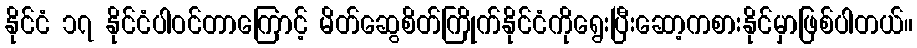
နိုင်ငံ ၁၇ နိုင်ငံပါဝင်တာကြောင့် မိတ်ဆွေစိတ်ကြိုက်နိုင်ငံကိုရွေးပြီးဆော့ကစားနိုင်မှာဖြစ်ပါတယ်။